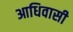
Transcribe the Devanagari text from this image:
आधिवासी